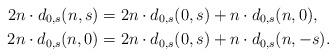
LaTeX: \begin{align*}2n\cdot d_{0,s}(n,s)&=2n\cdot d_{0,s}(0,s)+n\cdot d_{0,s}(n,0),\\2n\cdot d_{0,s}(n,0)&=2n\cdot d_{0,s}(0,s)+n\cdot d_{0,s}(n,-s).\end{align*}